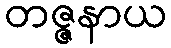
တဇ္ဇနာယ